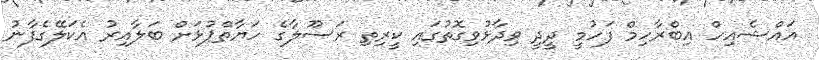
އައްޝެއިހް އިބްރާހިމް ފަހުމީ ދީދީ ވިދާޅުވިގޮތުގައި ކީރިތި ރަސޫލާގެ ހަޔާތްޕުޅަށް ބަލާއިރު އެކަލޭގެފާނު